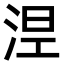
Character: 𣵀